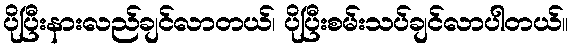
ပိုပြီးနားလည်ချင်လာတယ်၊ ပိုပြီးစမ်းသပ်ချင်လာပါတယ်။